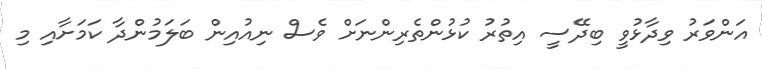
އަންވަރު ވިދާޅުވީ ބިދޭސީ އިތުރު ކުޅުންތެރިންނަށް ވެސް ނިއުއިން ބަލަމުންދާ ކަމަށާއި މި